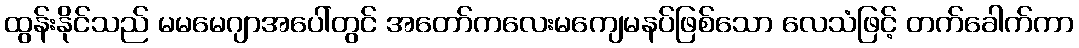
ထွန်းနိုင်သည် မမမေဂျာအပေါ်တွင် အတော်ကလေးမကျေမနပ်ဖြစ်သော လေသံဖြင့် တက်ခေါက်ကာ